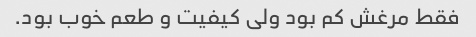
فقط مرغش کم بود ولى کیفیت و طعم خوب بود.